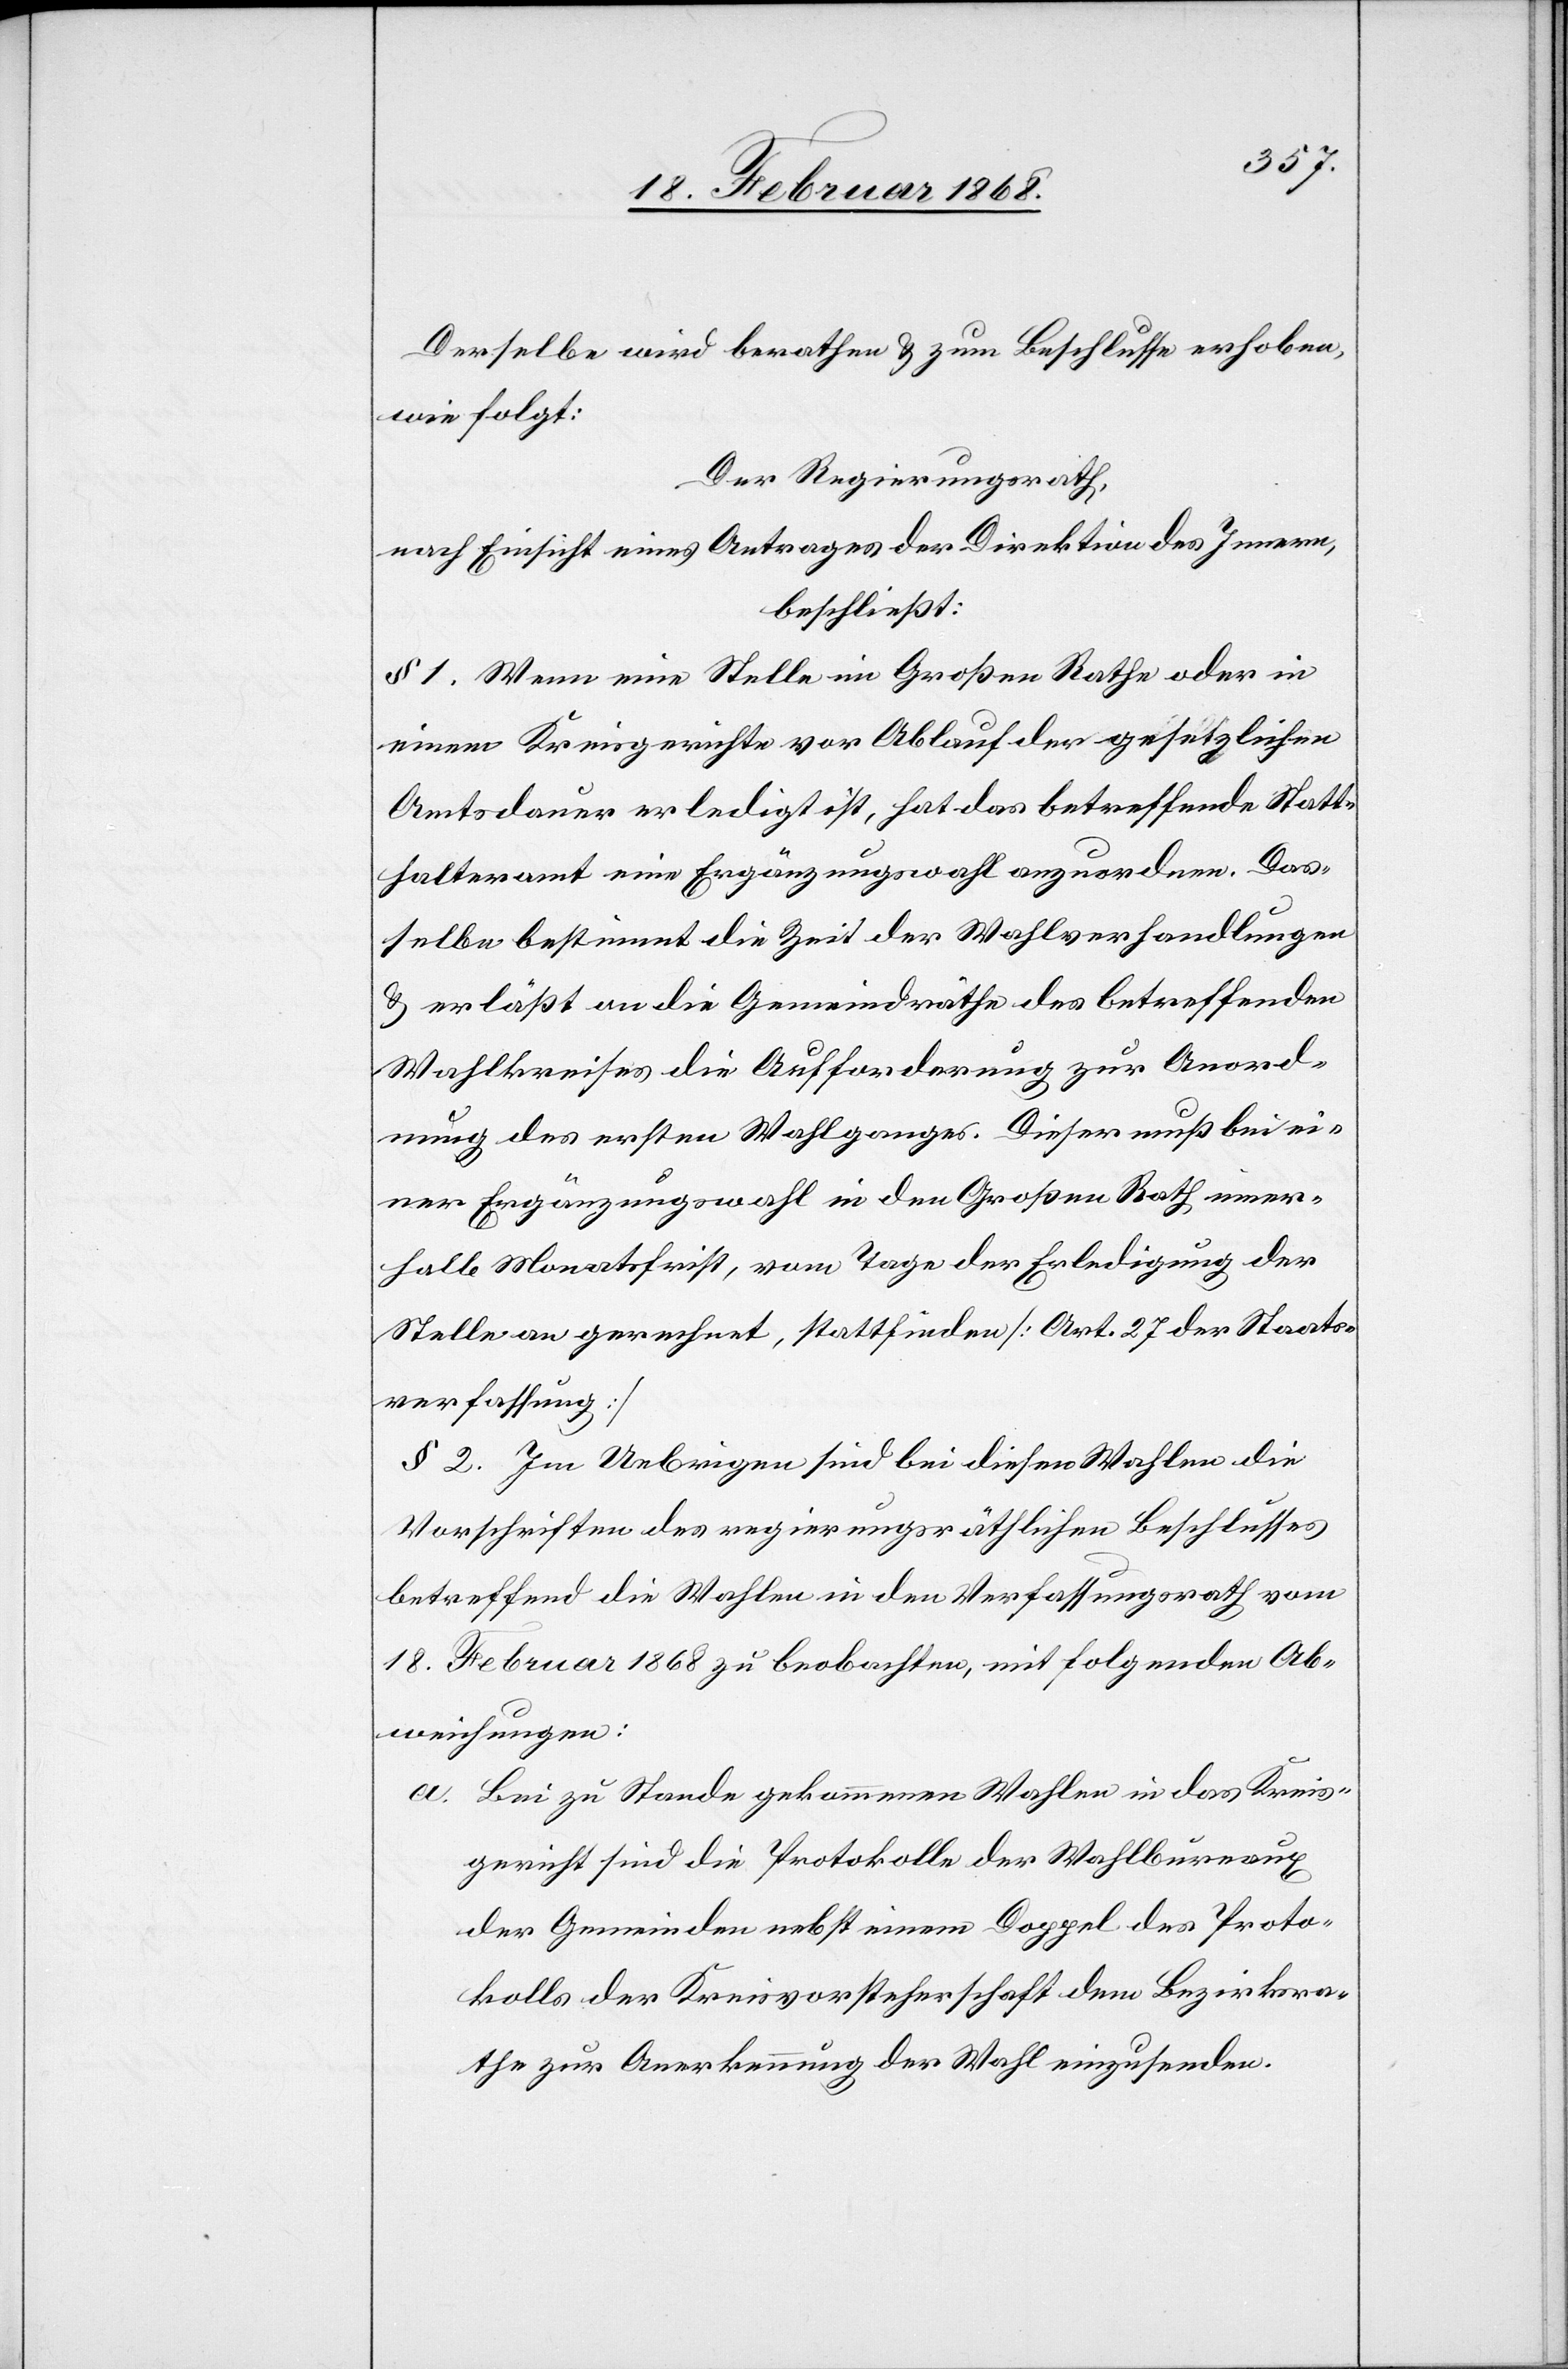
Derselbe wird berathen & zum Beschlusse erhoben,
wie folgt:
Der Regierungsrath,
nach Einsicht eines Antrages der Direktion des Innern,
beschließt:
§ 1. Wenn eine Stelle im Großen Rathe oder in
einem Kreisgerichte vor Ablauf der gesetzlichen
Amtsdauer erledigt ist, hat das betreffende Statt¬
halteramt eine Ergänzungswahl anzuordnen. Das¬
selbe bestimmt die Zeit der Wahlverhandlungen
& erläßt an die Gemeindräthe des betreffenden
Wahlkreises die Aufforderung zur Anord¬
nung des ersten Wahlganges. Dieser muß bei ei¬
ner Ergänzungswahl in den Großen Rath inner¬
halb Monatsfrist, vom Tage der Erledigung der
Stelle an gerechnet, stattfinden [Art. 27 der Staats¬
verfassung]
§ 2. Im Uebrigen sind bei diesen Wahlen die
Vorschriften des regierungsräthlichen Beschlusses
betreffend die Wahlen in den Verfassungsrath vom
18. Februar 1868 zu beobachten, mit folgenden Ab¬
weichungen:
Bei zu Stande gekommenen Wahlen in das Kreis¬
gericht sind die Protokolle der Wahlbureaux
der Gemeinden nebst einem Doppel des Proto¬
kolls der Kreisvorsteherschaft dem Bezirksra¬
the zur Anerkennung der Wahl einzusenden.